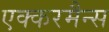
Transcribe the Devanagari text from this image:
एक्करमैन्स